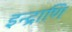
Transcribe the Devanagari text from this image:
इन्द्राणि